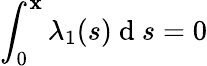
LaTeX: \int_{0}^{\mathbf{x}}\lambda_{1}(s)\mathrm{{~d~}}s=0